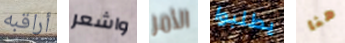
أراقبه واشعر الأمر يطلبوا هنا